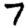
Digit: 7